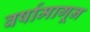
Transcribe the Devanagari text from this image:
वर्षामागून